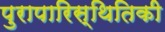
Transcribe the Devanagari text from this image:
पुरापारिस्थितिकी